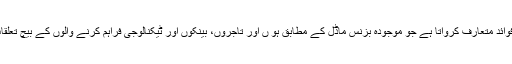
اس طرح یہ سسٹم نئے فوائد متعارف کرواتا ہے جو موجودہ بزنس ماڈل کے مطابق ہو ں اور تاجروں، بینکوں اور ٹیکنالوجی فراہم کرنے والوں کے بیچ تعلقات کو مضبوط کرتا ہے۔